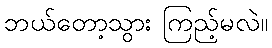
ဘယ်တော့သွား ကြည့်မလဲ။